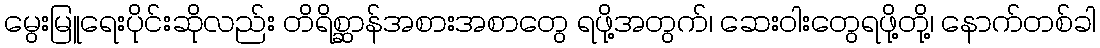
မွေးမြူရေးပိုင်းဆိုလည်း တိရိစ္ဆာန်အစားအစာတွေ ရဖို့အတွက်၊ ဆေးဝါးတွေရဖို့တို့၊ နောက်တစ်ခါ